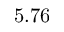
5 . 7 6